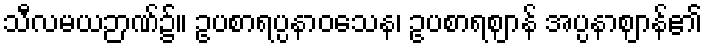
သီလမယဉာဏ်၌။ ဥပစာရပ္ပနာဝသေန၊ ဥပစာရဈာန် အပ္ပနာဈာန်၏